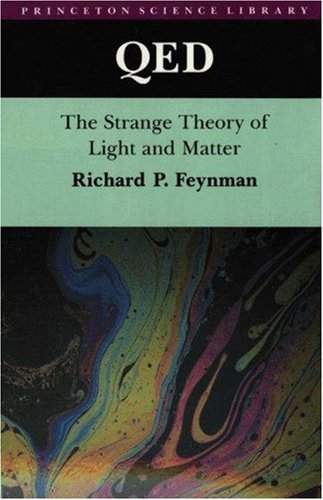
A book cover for QED: The Strange Theory of Light and Matter; Richard P. Feynman; Science & Math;